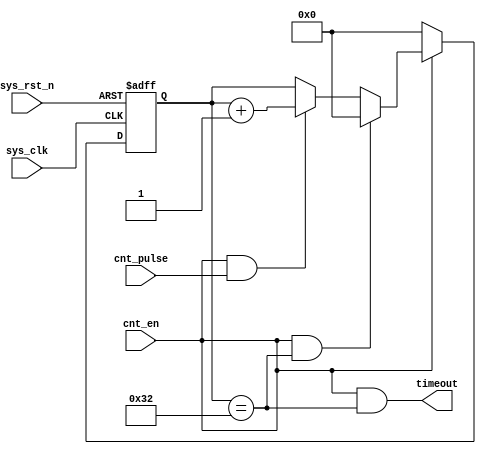
`timescale 1ns / 1ps
////////////////////////////////////////////////////////////////////////////////
// Company: 
// Engineer:
//
// Create Date:  
// Design Name:    
// Module Name:    timer_1us
// Project Name:   
// Target Device:  
// Tool versions:  
// Description:
//
// Dependencies:
// 
// Revision:
// Revision 0.01 - File Created
// Additional Comments:
// 
////////////////////////////////////////////////////////////////////////////////
//`include "timer_define.v"
module timer_1us(sys_clk, sys_rst_n, cnt_en, cnt_pulse, timeout);
    input sys_clk;
    input sys_rst_n;
    input cnt_en;
    input cnt_pulse;
    output timeout;

	 //*********************
    // Port Types        **
    //*********************

    wire sys_clk;
    wire sys_rst_n;
    wire cnt_en;
    wire cnt_pulse;
    wire timeout;

    //*********************
    //local signals      **								  
    //*********************
	 `define COUNT_1US		     6'd50
    reg[5:0] one_us_cntr;


    always@(posedge sys_clk or negedge sys_rst_n)
    begin
        if (sys_rst_n == 1'b0)
            one_us_cntr <= 6'b0;
        else if (cnt_en == 1'b0)    // Reset counter when counter enable is deasserted
            one_us_cntr <= 6'b0;
        else if ((cnt_en == 1'b1) && (one_us_cntr == `COUNT_1US))
            one_us_cntr <= 6'b0;
        else if ((cnt_en == 1'b1) && (cnt_pulse == 1'b1))
            one_us_cntr <= one_us_cntr + 1'b1;
        else
            one_us_cntr <= one_us_cntr;
    end

    assign timeout = (cnt_en == 1'b1) & (one_us_cntr == `COUNT_1US);

endmodule